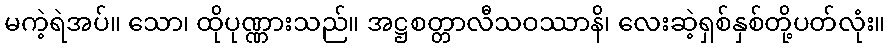
မကဲ့ရဲအပ်။ သော၊ ထိုပုဏ္ဏားသည်။ အဋ္ဌစတ္တာလီသဝဿာနိ၊ လေးဆဲ့ရှစ်နှစ်တို့ပတ်လုံး။